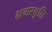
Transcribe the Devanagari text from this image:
भ्रमरवृत्ति